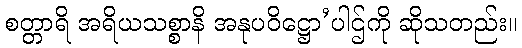
စတ္တာရိ အရိယသစ္စာနိ အနုပဝိဋ္ဌော’ပါဌ်ကို ဆိုသတည်း။